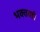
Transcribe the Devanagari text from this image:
भक्तवडी